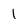
Character: 1